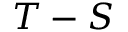
T - S